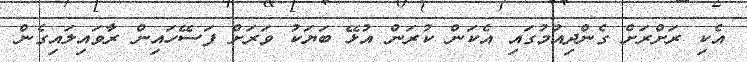
އެކި ރަށްރަށް ގެންދިއުމުގައި އެކަން ކުރަން އުޅޭ ބަޔަކު ވަރަށް ފަސޭހައިން ރާވައިލައިގެން